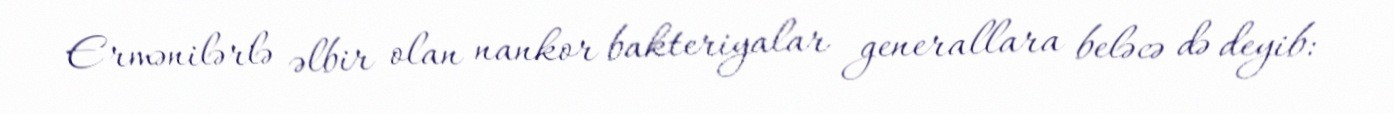
Ermənilərlə əlbir olan nankor bakteriyalar generallara beləcə də deyib: